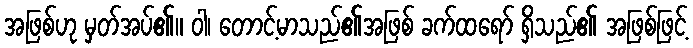
အဖြစ်ဟု မှတ်အပ်၏။ ဝါ၊ တောင့်မာသည်၏အဖြစ် ခက်ထရော် ရှိသည်၏ အဖြစ်ဖြင့်